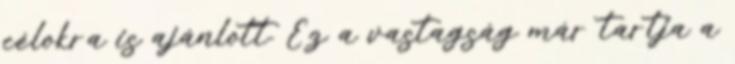
célokra is ajánlott. Ez a vastagság már tartja a